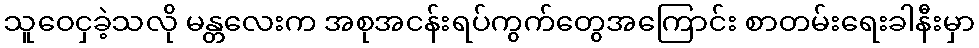
သူဝေငှခဲ့သလို မန္တလေးက အစုအငန်းရပ်ကွက်တွေအကြောင်း စာတမ်းရေးခါနီးမှာ